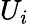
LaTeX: U_{i}